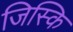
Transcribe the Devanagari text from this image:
जिस्कि